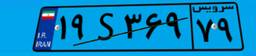
۱۹S۳۶۹۷۹